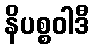
နိပစ္စဝါဒီ